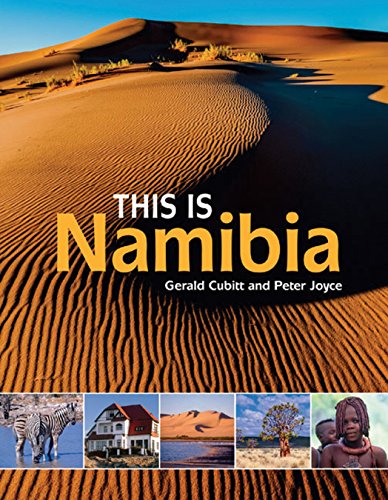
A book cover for This is Namibia; Peter Joyce; Travel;